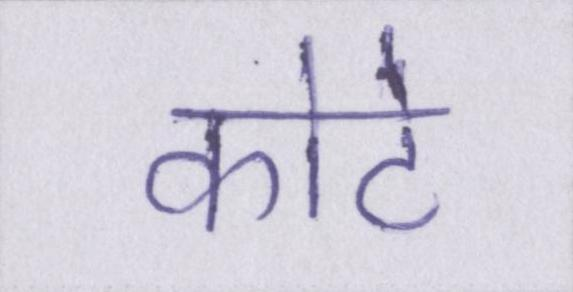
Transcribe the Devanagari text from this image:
कोटे